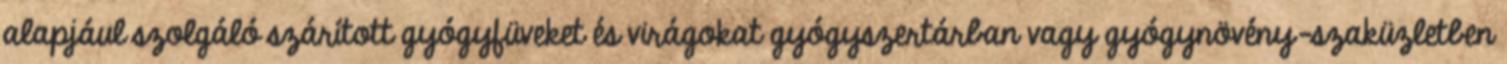
alapjául szolgáló szárított gyógyfüveket és virágokat gyógyszertárban vagy gyógynövény-szaküzletben